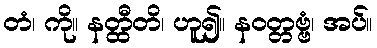
တံ၊ ကို။ နတ္ထီတိ၊ ဟူ၍။ နဝတ္တဗ္ဗံ၊ အပ်။